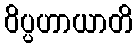
ဝိပ္ပဟာယာတိ